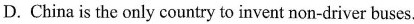
D.China is the only countr to invent non-driver buses.